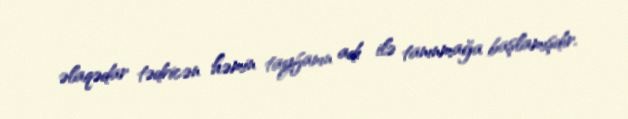
əlaqədar tədricən həmin tayfanın adı ilə tanınmağa başlamışdır.